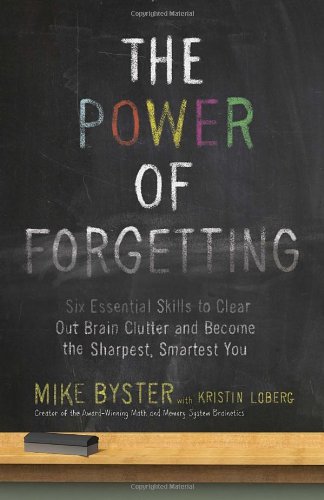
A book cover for The Power of Forgetting: Six Essential Skills to Clear Out Brain Clutter and Become the Sharpest, Smartest You; Mike Byster; Humor & Entertainment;